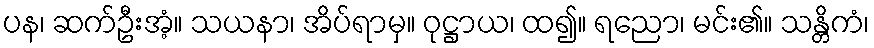
ပန၊ ဆက်ဦးအံ့။ သယနာ၊ အိပ်ရာမှ။ ဝုဋ္ဌာယ၊ ထ၍။ ရညော၊ မင်း၏။ သန္တိကံ၊